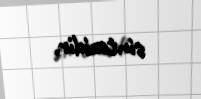
sintezidir.